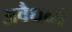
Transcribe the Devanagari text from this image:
अवैधव्यं